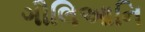
ગૌલિઆનિ